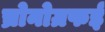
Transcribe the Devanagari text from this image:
च्रोनोग्रफई